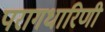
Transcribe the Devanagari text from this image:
परागधारिणी